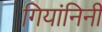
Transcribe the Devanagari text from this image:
गियांनिनी